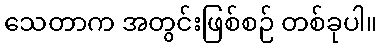
သေတာက အတွင်းဖြစ်စဉ် တစ်ခုပါ။